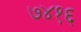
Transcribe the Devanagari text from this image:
७४१६